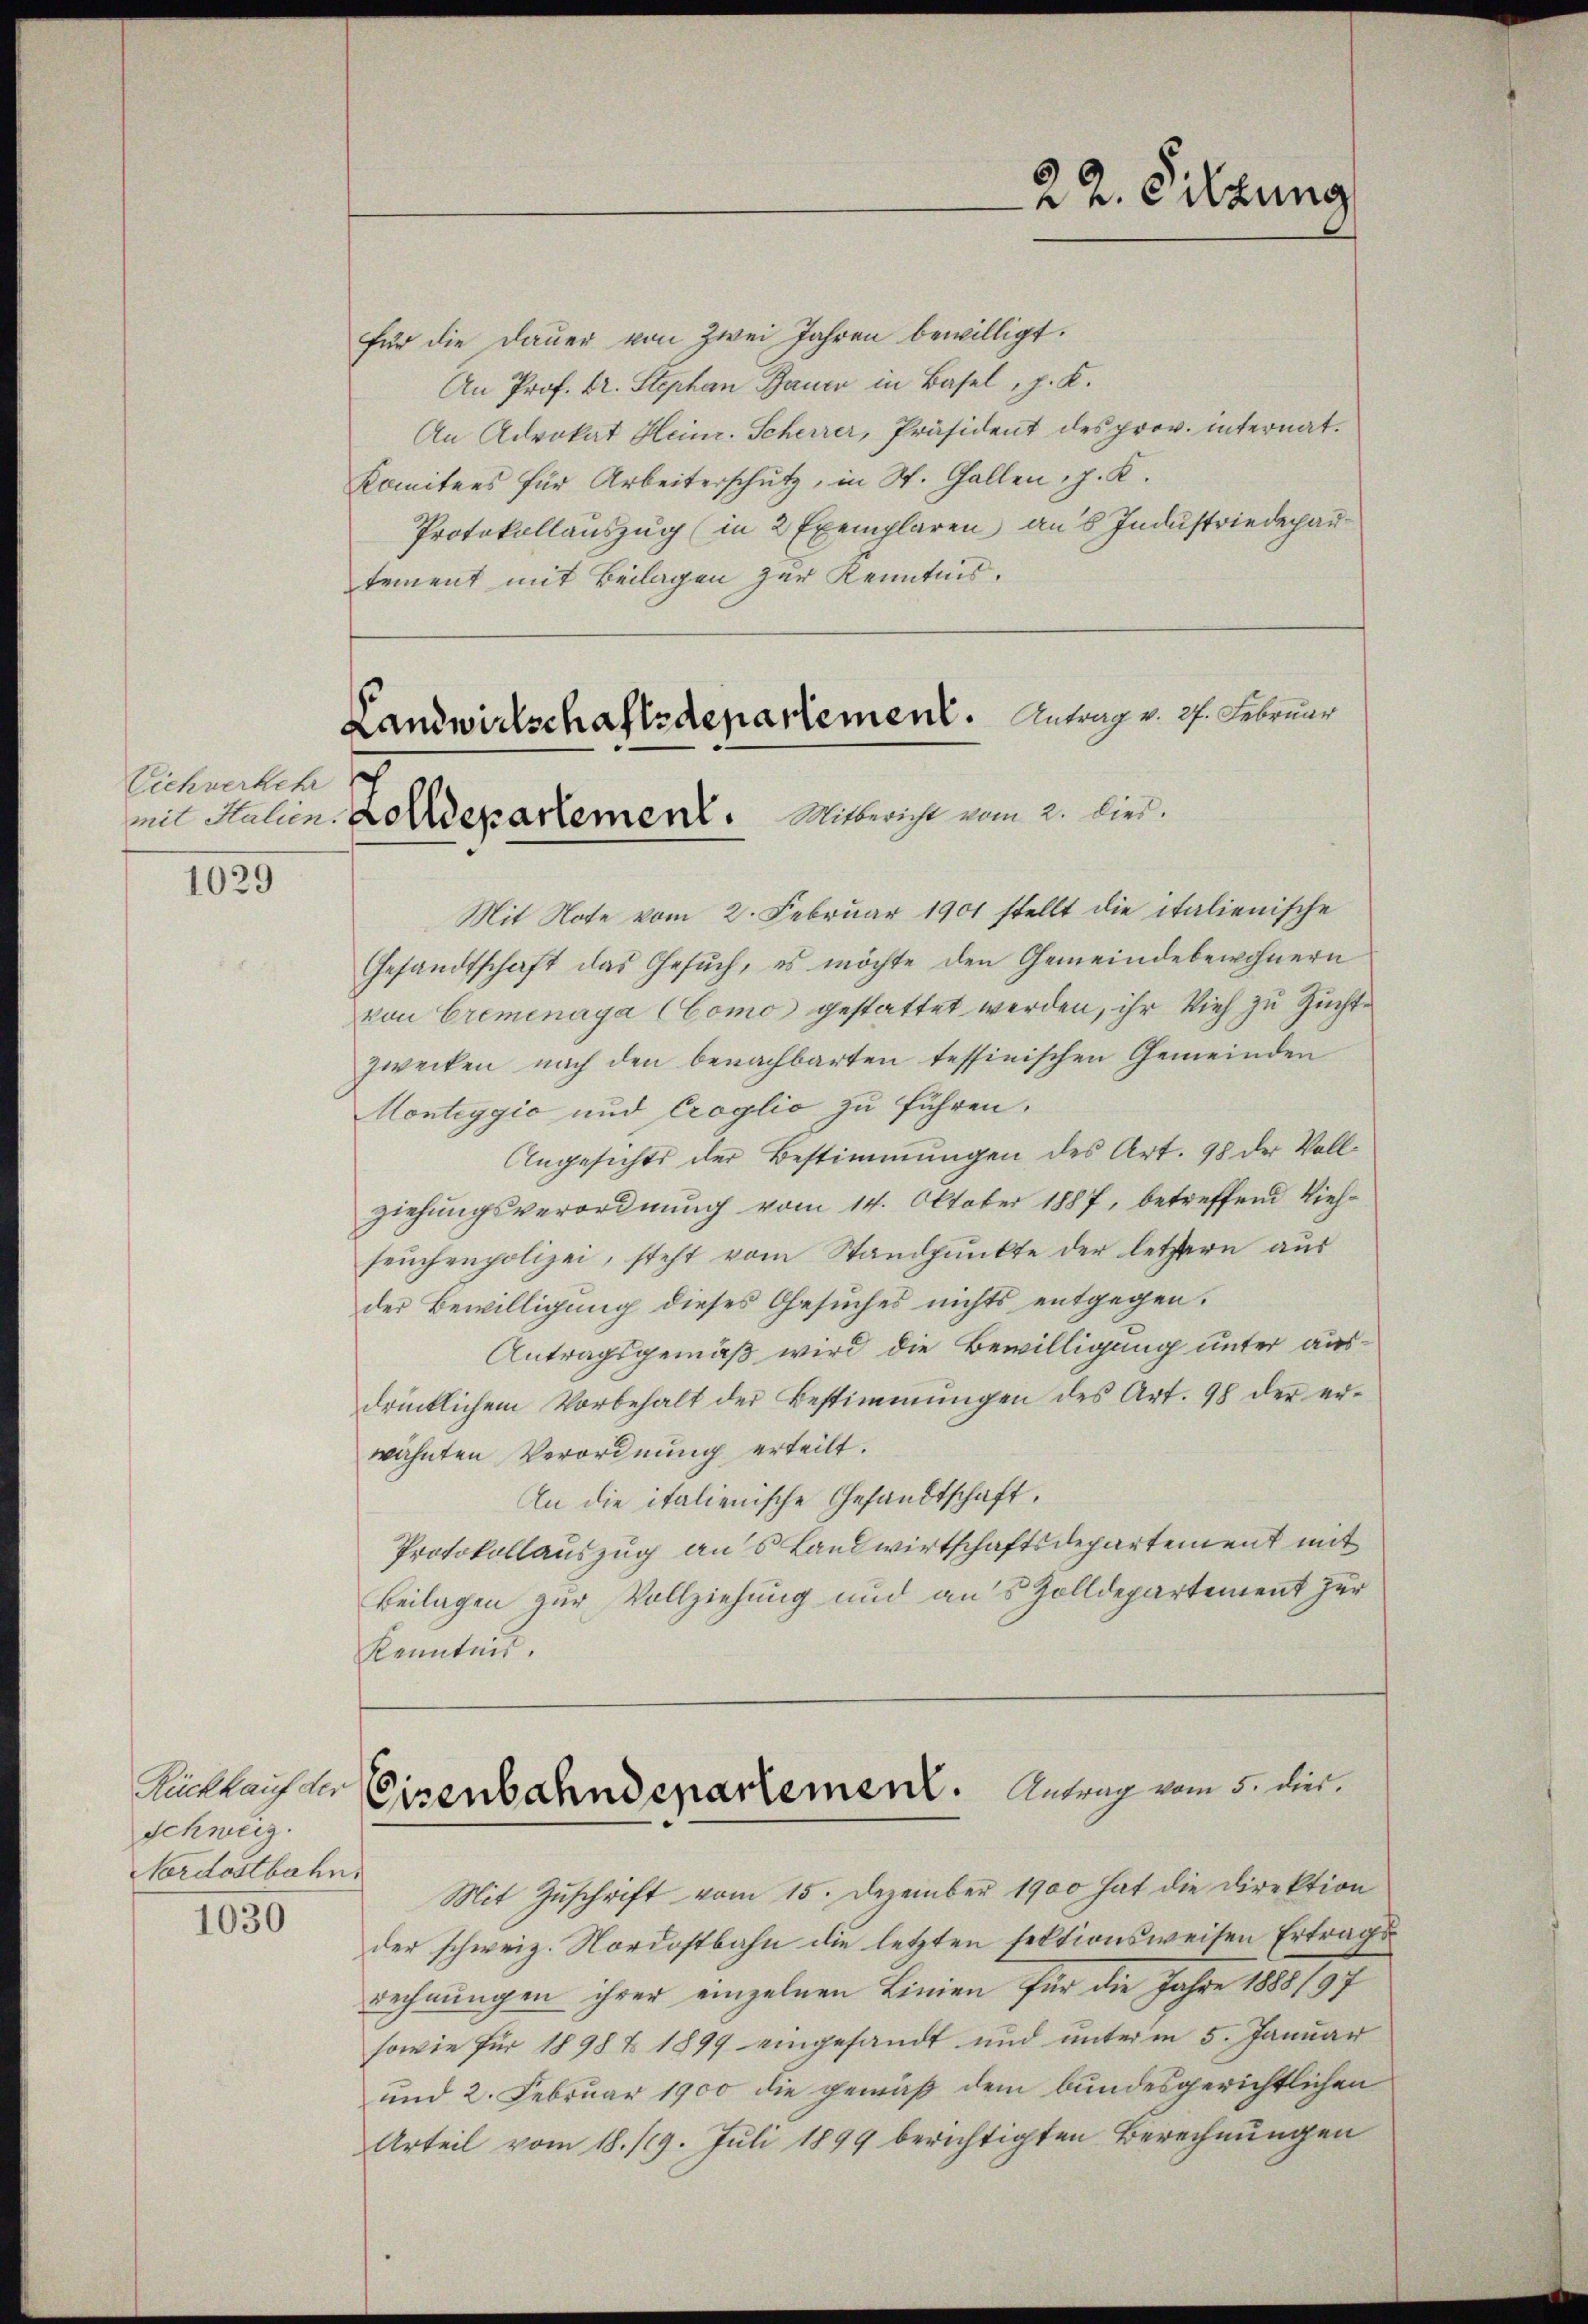
Viehverkehr

1029

Rückkauf der
Schweiz.
Nordostbahn.

1030

Landwirtschaftsdepartement. Antrag v. 27. Februar
mit Stalien verepartement. Mitbericht vom 2. dies.

für die Dauer von zwei Jahren bewilligt.
An Prof. Dr. Stephan Bauer in Basel, J. K.
An Advokat Heinr. Scherrer, Präsident des prov. internat.
Komitees für Arbeiterschutz, in St. Gallen, z. K.
Protokollauszug (in 2 Exemplaren an's Industriedepartement mit Beilagen zur Kenntnis.
Mit Note vom 2. Februar 1901 stellt die italienische
Gesandtschaft das Gesŭch, es möchte den Gemeindebewohnern
von Cremenaya (Como gestattet werden, ihr Vieh zu Zuchtzwecken nach den benachbarten tessinischen Gemeinden
Monteygić und Croglio zu führen.
Angesichts der Bestimmungen des Art. 98 der Vollziehungsverordnung vom 14. Oktober 1887, betreffend Viehseŭchenpolizei, steht vom Standpŭnkte der letztern aŭs
der Bewilligung dieses Gesuches nichts entgegen.
Antragsgemäß wird die Bewilligung unter ausdrücklichem Vorbehalt der Bestimmungen des Art. 98 der er-
wähnten Verordnung erteilt.
An die italienische Gesandtschaft.
Protokollauszug aus Landwirtschaftsdepartement mit
Beilagen zur Vollziehung und aus Zolldepartement zur
kenntnis.
Eisenbahndepartement. Antrag vom 5. dir.
Mit Zuschrift vom 15. Dezember 1900 hat die Direktion
der schweiz. Nordostbahn die letzten sektionsweisen Ertrags
rechnungen ihrer einzelnen Linien für die Jahre 1888/97
sowie für 1898 f 1899 eingesandt und unterm 5. Januar
und 2. Februar 1900 die gemäß dem bundesgerichtlichen
Urteil vom 18./19. Juli 1899 berichtigten Berechnungen

22. Silzung